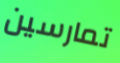
تمارسين